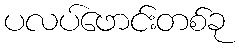
ပလပ်ဖောင်းတစ်ခု